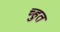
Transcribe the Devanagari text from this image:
च्हुत